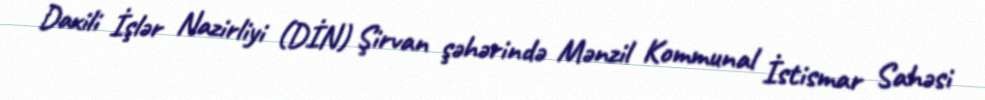
Daxili İşlər Nazirliyi (DİN) Şirvan şəhərində Mənzil Kommunal İstismar Sahəsi